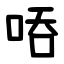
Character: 㖔